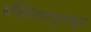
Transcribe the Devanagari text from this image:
बख्तियारपूरमधून